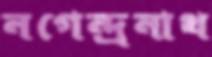
নগেন্দ্রনাথ